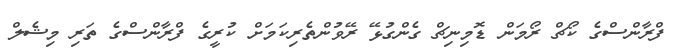
ފްރާންސްގެ ކޯޗް ރޯމަން ޑޮމިނިޗް ގެންގުޅޭ ރޭވުންތެރިކަމަށް ކުރީގެ ފްރާންސްގެ ތަރި މިޝެލް